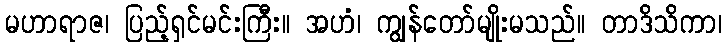
မဟာရာဇ၊ ပြည့်ရှင်မင်းကြီး။ အဟံ၊ ကျွန်တော်မျိုးမသည်။ တာဒိသိကာ၊